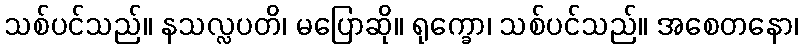
သစ်ပင်သည်။ နသလ္လပတိ၊ မပြောဆို။ ရုက္ခော၊ သစ်ပင်သည်။ အစေတနော၊